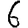
Digit: 6